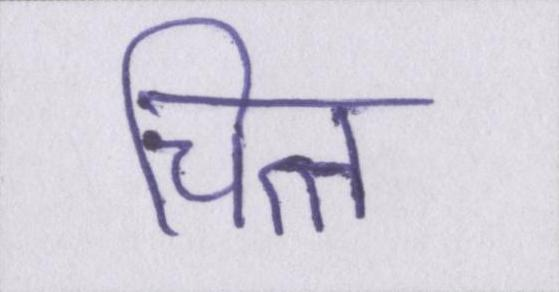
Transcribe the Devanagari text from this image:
चित्त